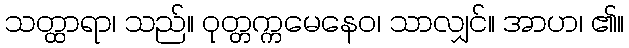
သတ္ထာရာ၊ သည်။ ဝုတ္တက္ကမေနေဝ၊ သာလျှင်။ အာဟ၊ ၏။